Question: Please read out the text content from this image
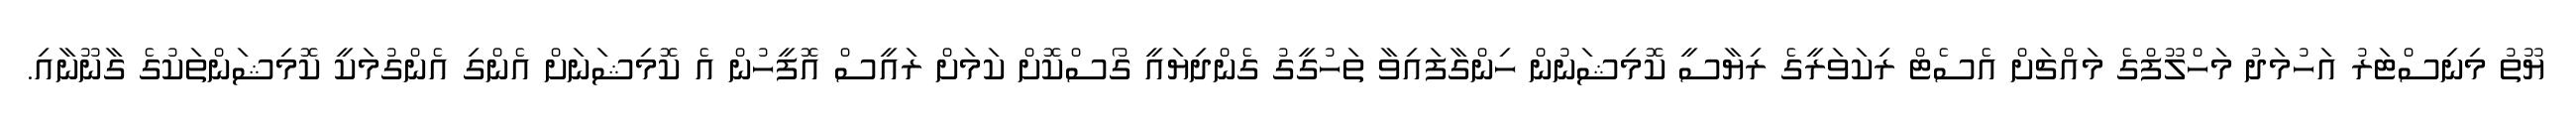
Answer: ޔޫތު މިނިސްޓަރު އަހުމަދު މަހްލޫފްގެ މައްޗަށް އެސެޓް ރިކަވަރީގެ ރިޔާސީ ކޮމިޝަނުން ހިންގާފައިވާ ތަހުގީގު ގެންދިޔައީ ގޯސްކޮށް ކަމަށް ރައީސް އޮފީހުން އެ ކޮމިޝަނަށް އެންގި އެންގުމަކީ ކޮމިޝަންތަކުގެ ގާނޫނާއި.